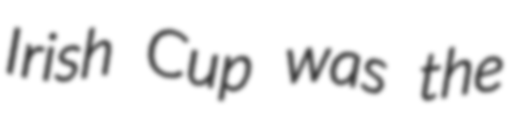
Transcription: Irish Cup was the